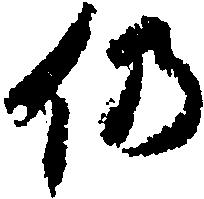
仍